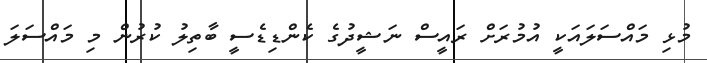
މުޅި މައްސަލައަކީ އުމުރަށް ރައީސް ނަޝީދުގެ ކެންޑިޑެސީ ބާތިލު ކުރުން މި މައްސަލަ